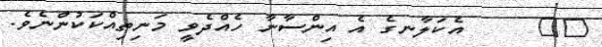
١٩     އެކަލާނގެ އެ އިންސާނާ ހެއްދެވީ މަނިތިއްކަކުންނެވެ.